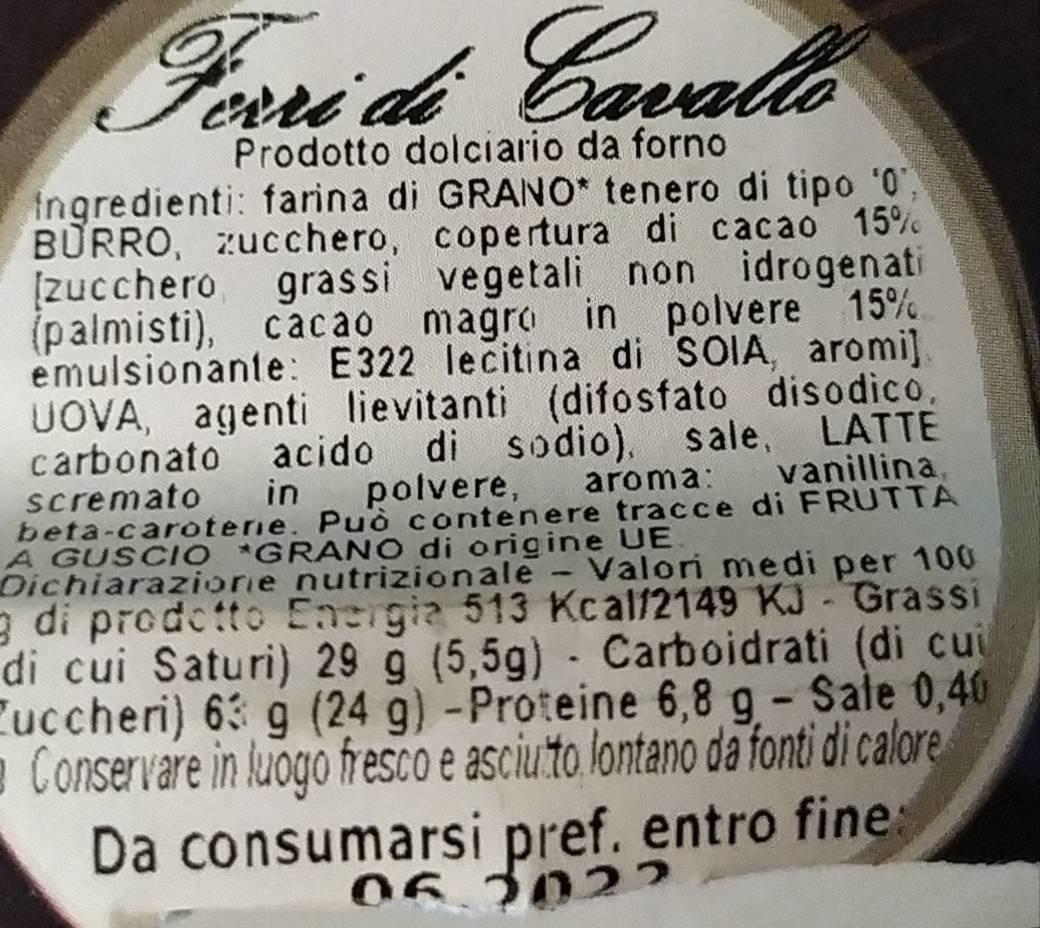
Forri di Cavalle
Jerri
Prodotto dolciario da forno ingredienti: farina di GRANO* tenero di tipo '0 BURRO, zucchero, copertura di cacao 15% [zucchero grassi vegetali non idrogenati (palmisti), cacao magro in polvere 15% emulsionante: E322 lecitina di SOIA, aromi] UOVA, agenti lievitanti (difosfato disodico. carbonato acido di sodio). sale, LATTE
scremato in polvere,
aroma: vanillina,
beta-caroterie. Può contenere tracce di FRUTTA A GUSCIO GRANO di origine UE. Dichiaraziorie nutrizionale - Valori medi per 100 g di prodctto Energia 513 Kcal/2149 KJ Grassi
di cui Saturi) 29 g (5,5g) - Carboidrati (di cui Zuccheri) 63 g (24 g) -Proteine 6,8 g - Sale 0,40 Conservare in luogo fresco e asciuto lontano da fonti di calore
Da consumarsi pref. entro fines 06.3022